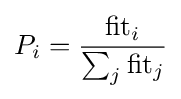
P_{i}={\frac {\mathrm {fit} _{i}}{\sum _{j}{\mathrm {fit} _{j}}}}